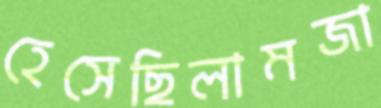
হেসেছিলামজা